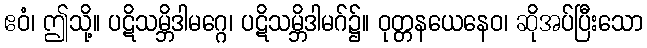
ဧဝံ၊ ဤသို့။ ပဋိသမ္ဘိဒါမဂ္ဂေ၊ ပဋိသမ္ဘိဒါမဂ်၌။ ဝုတ္တနယေနေဝ၊ ဆိုအပ်ပြီးသော